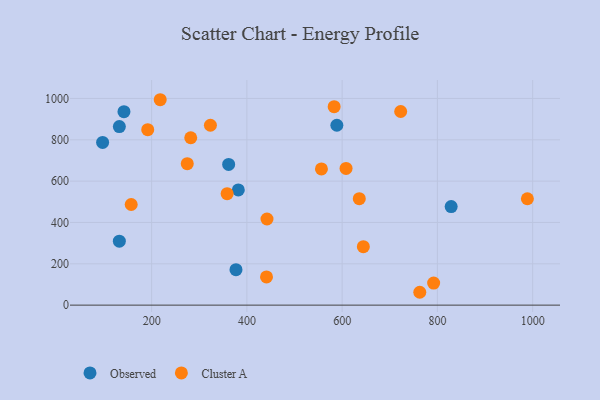
{"axis": {"x": "Investment", "y": "Sales"}, "legend": ["Cluster A", "Observed"], "data": [{"x": "361.7", "y": 680.9, "type": "Observed"}, {"x": "588.9", "y": 870.5, "type": "Observed"}, {"x": "132.2", "y": 864.2, "type": "Observed"}, {"x": "828.9", "y": 476.9, "type": "Observed"}, {"x": "132.2", "y": 309.4, "type": "Observed"}, {"x": "141.9", "y": 936.3, "type": "Observed"}, {"x": "97.1", "y": 787.3, "type": "Observed"}, {"x": "382.0", "y": 557.5, "type": "Observed"}, {"x": "377.1", "y": 171.5, "type": "Observed"}, {"x": "792.1", "y": 106.9, "type": "Cluster A"}, {"x": "323.4", "y": 870.4, "type": "Cluster A"}, {"x": "282.1", "y": 809.8, "type": "Cluster A"}, {"x": "157.1", "y": 486.8, "type": "Cluster A"}, {"x": "441.2", "y": 136.6, "type": "Cluster A"}, {"x": "556.5", "y": 659.2, "type": "Cluster A"}, {"x": "636.0", "y": 515.2, "type": "Cluster A"}, {"x": "763.0", "y": 62.2, "type": "Cluster A"}, {"x": "583.2", "y": 960.5, "type": "Cluster A"}, {"x": "358.5", "y": 539.3, "type": "Cluster A"}, {"x": "722.9", "y": 936.9, "type": "Cluster A"}, {"x": "274.8", "y": 684.5, "type": "Cluster A"}, {"x": "442.2", "y": 416.7, "type": "Cluster A"}, {"x": "608.2", "y": 661.7, "type": "Cluster A"}, {"x": "218.0", "y": 993.9, "type": "Cluster A"}, {"x": "644.5", "y": 283.0, "type": "Cluster A"}, {"x": "191.8", "y": 849.2, "type": "Cluster A"}, {"x": "988.9", "y": 514.8, "type": "Cluster A"}]}